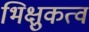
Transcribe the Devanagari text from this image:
भिक्षुकत्व